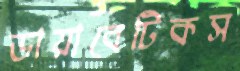
ডায়াবেটিকস